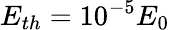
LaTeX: E_{th}=10^{-5}E_{0}